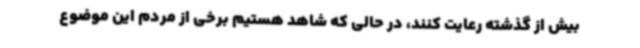
بیش از گذشته رعایت کنند، در حالی که شاهد هستیم برخی از مردم این موضوع